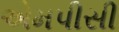
એમપીસી